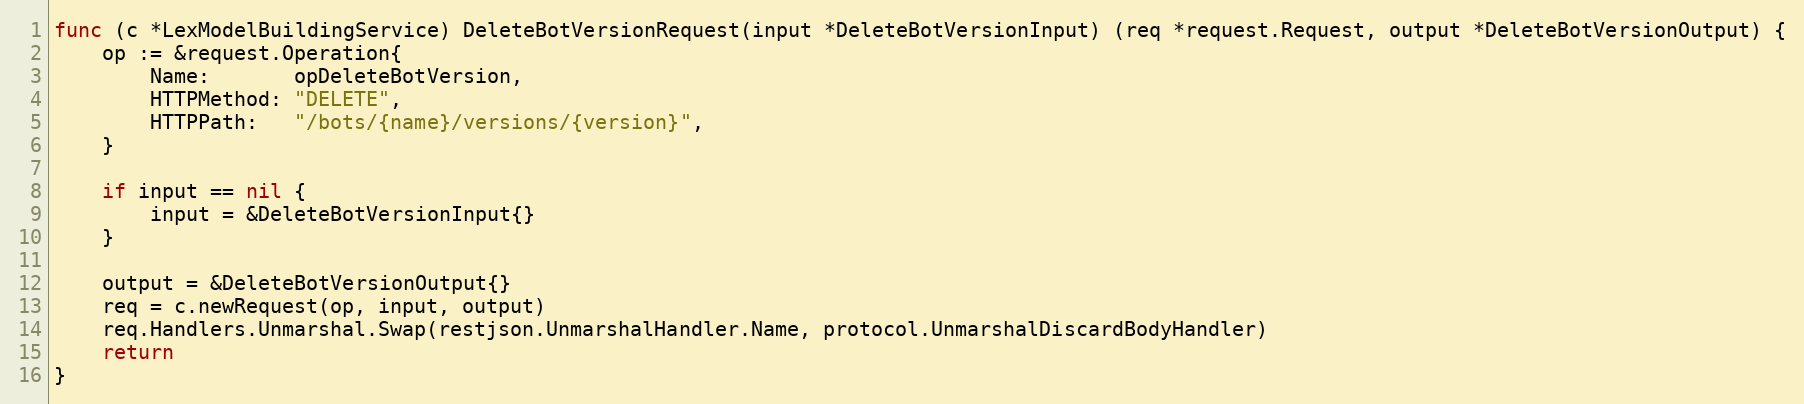
Language: Go
func (c *LexModelBuildingService) DeleteBotVersionRequest(input *DeleteBotVersionInput) (req *request.Request, output *DeleteBotVersionOutput) {
	op := &request.Operation{
		Name:       opDeleteBotVersion,
		HTTPMethod: "DELETE",
		HTTPPath:   "/bots/{name}/versions/{version}",
	}

	if input == nil {
		input = &DeleteBotVersionInput{}
	}

	output = &DeleteBotVersionOutput{}
	req = c.newRequest(op, input, output)
	req.Handlers.Unmarshal.Swap(restjson.UnmarshalHandler.Name, protocol.UnmarshalDiscardBodyHandler)
	return
}